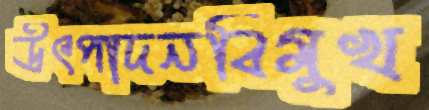
উৎপাদনবিমুখ